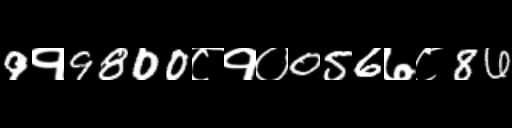
Text: 9१9800८१०056७८86